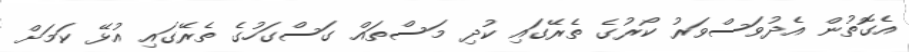
އެގޮތުން އެދުވަސްވަރު ކޯރުގެ ތެރޭގައި ކުދި މަސްތައް ގަސްގަހުގެ ތެރޭގައި އުޅޭ ކަމަށް